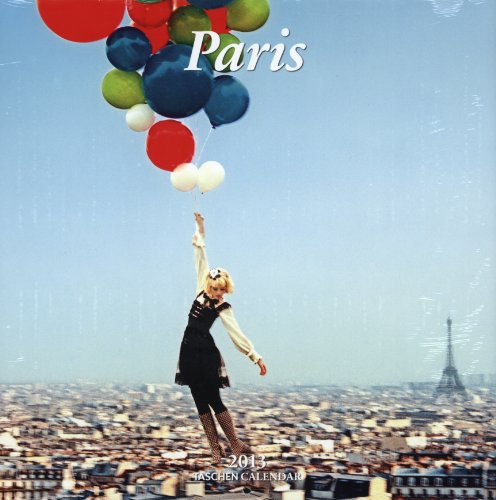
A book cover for Paris - 2013 (Taschen Wall Calendars); Benedikt TASCHEN; Calendars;